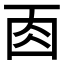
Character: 𠀬